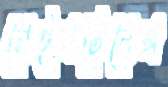
মেইনটেনেন্স